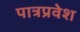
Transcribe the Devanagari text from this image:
पात्रप्रवेश